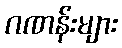
ဂဏန်းများ